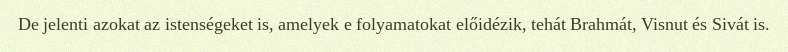
De jelenti azokat az istenségeket is, amelyek e folyamatokat előidézik, tehát Brahmát, Visnut és Sivát is.